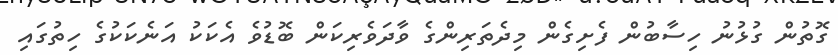
ގޮތުން ގުޅުނު ހިސާބުން ފެށިގެން މިދެތަރިންގެ ވާދަވެރިކަން ބޮޑުވެ އެކަކު އަނެކަކުގެ ހިތުގައި